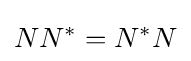
NN^{\ast }=N^{\ast }N